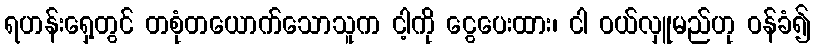
ရဟန်းရှေ့တွင် တစုံတယောက်သောသူက ငါ့ကို ငွေပေးထား၊ ငါ ဝယ်လှူမည်ဟု ဝန်ခံ၍